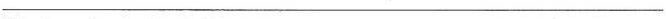
___